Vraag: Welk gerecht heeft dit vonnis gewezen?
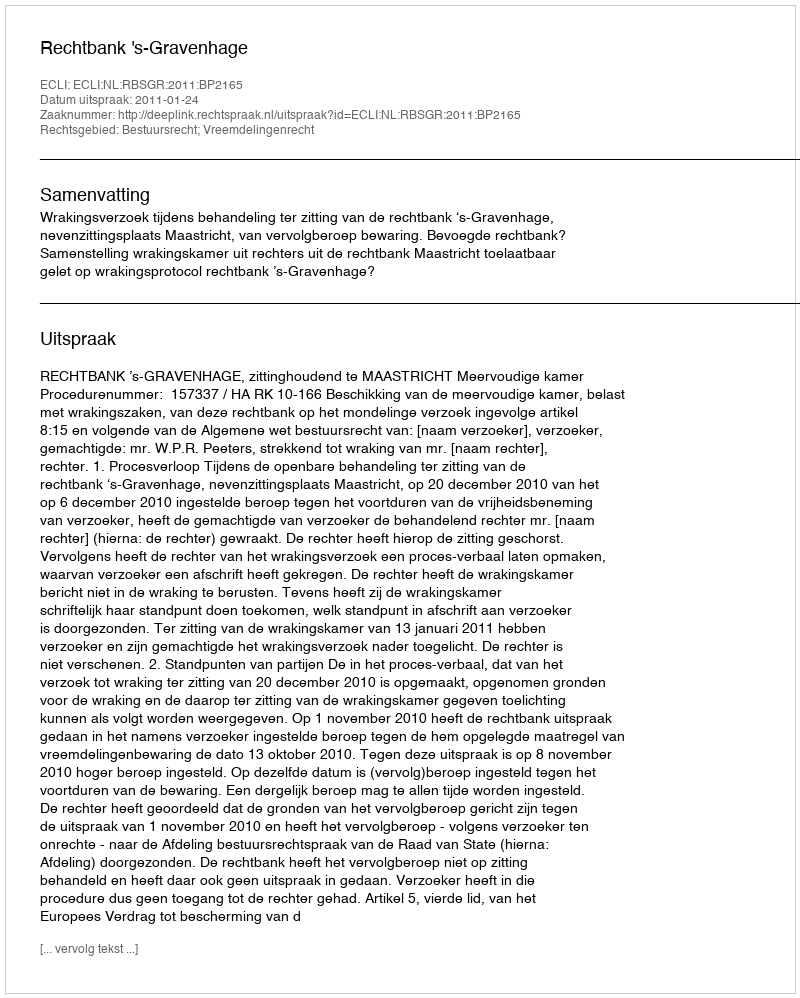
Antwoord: Rechtbank 's-Gravenhage